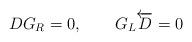
LaTeX: \begin{align*}DG_{R} = 0,~~~~~~G_{L} \overleftarrow{D} = 0 \end{align*}